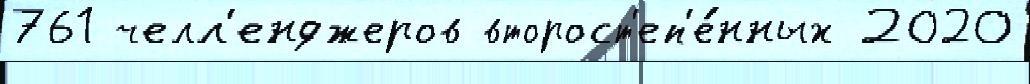
761 челл'енджеров второст'еп'е́нных 2020